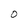
Character: 0